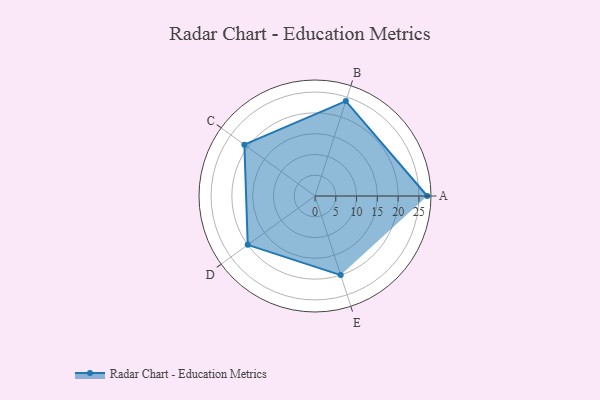
{"axis": {"x": "Skill", "y": "Score"}, "legend": ["Profile"], "data": [{"x": "A", "y": 27.0, "type": "Profile"}, {"x": "B", "y": 24.0, "type": "Profile"}, {"x": "C", "y": 21.0, "type": "Profile"}, {"x": "D", "y": 20, "type": "Profile"}, {"x": "E", "y": 20, "type": "Profile"}]}